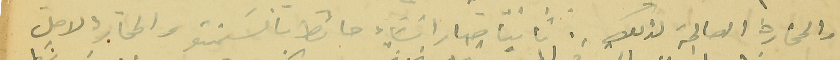
والححارة الصالحة لذلك. ثانياً صار انشاء حائط بالسَيمنتو والحجار لاجل